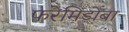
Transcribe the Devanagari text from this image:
फरेमिडोबा